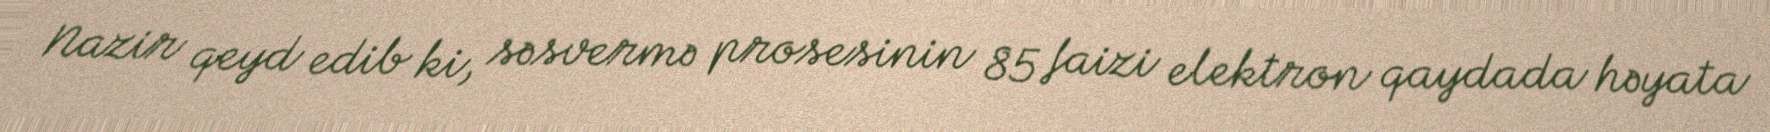
Nazir qeyd edib ki, səsvermə prosesinin 85 faizi elektron qaydada həyata